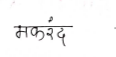
मजकूर: मकरंद